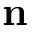
\mathbf { n }